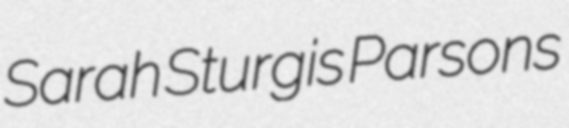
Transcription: Sarah Sturgis Parsons